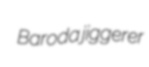
Baroda jiggerer